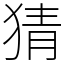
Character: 猜